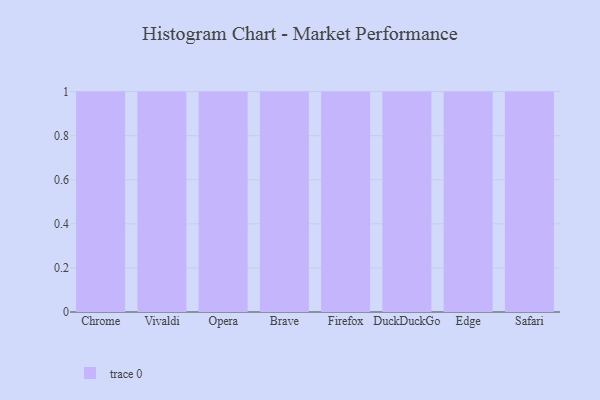
{"axis": {"x": "Browser", "y": "Bounce Rate (%)"}, "legend": [""], "data": [{"x": "Chrome", "y": 30, "type": ""}, {"x": "Vivaldi", "y": 10, "type": ""}, {"x": "Opera", "y": 8, "type": ""}, {"x": "Brave", "y": 72, "type": ""}, {"x": "Firefox", "y": 23, "type": ""}, {"x": "DuckDuckGo", "y": 6, "type": ""}, {"x": "Edge", "y": 94, "type": ""}, {"x": "Safari", "y": 22, "type": ""}]}